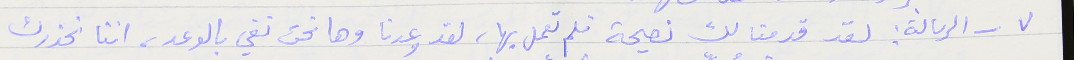
٧ - الرسالة : لقد قدمنا لك نصيحة فلم تعمل بها، لقد وعدنا وها نحن نفي بالوعد، اننا نحذرك